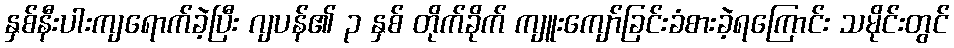
နှစ်နီးပါးကျရောက်ခဲ့ပြီး ဂျပန်၏ ၃ နှစ် တိုက်ခိုက် ကျူးကျော်ခြင်းခံစားခဲ့ရကြောင်း သမိုင်းတွင်